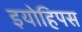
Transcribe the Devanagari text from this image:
इयोहिपस